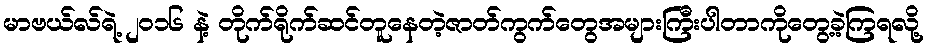
မာဗယ်လ်ရဲ့ ၂၀၁၆ နဲ့ တိုက်ရိုက်ဆင်တူနေတဲ့ဇာတ်ကွက်တွေအများကြီးပါတာကိုတွေ့ခဲ့ကြရလို့